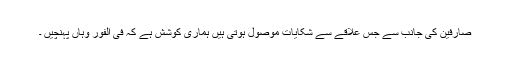
صارفین کی جانب سے جس علاقے سے شکایات موصول ہوتی ہیں ہماری کوشش ہے کہ فی الفور وہاں پہنچیں ۔